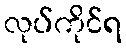
လုပ်ကိုင်ရ